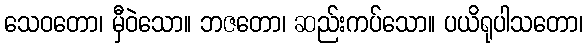
သေဝတော၊ မှီဝဲသော။ ဘဇတော၊ ဆည်းကပ်သော။ ပယိရုပါသတော၊